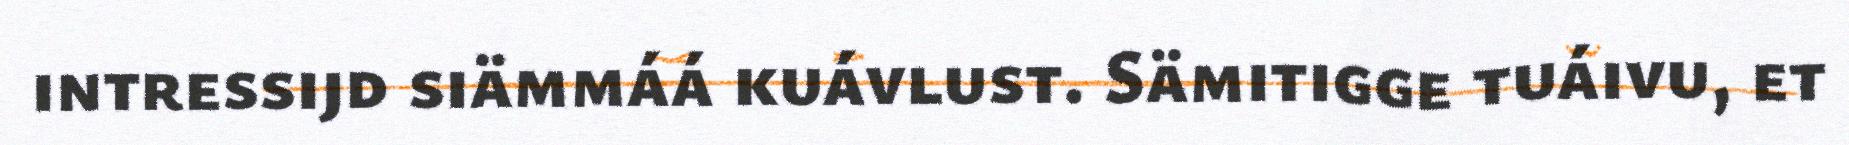
intressijd siämmáá kuávlust. Sämitigge tuáivu, et